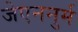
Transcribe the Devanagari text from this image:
जेएननुर्म